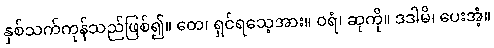
နှစ်သက်ကုန်သည်ဖြစ်၍။ တေ၊ ရှင်ရသေ့အား။ ဝရံ၊ ဆုကို။ ဒဒါမိ၊ ပေးအံ့။